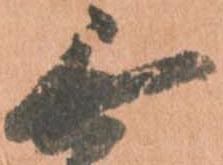
無